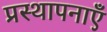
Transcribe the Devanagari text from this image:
प्रस्थापनाएँ